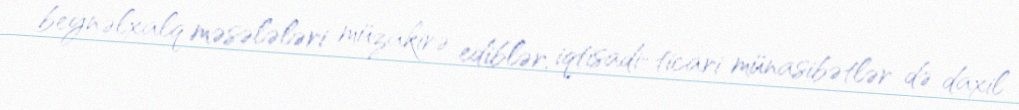
beynəlxalq məsələləri müzakirə ediblər, iqtisadi-ticari münasibətlər də daxil